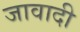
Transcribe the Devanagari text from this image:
जावादी